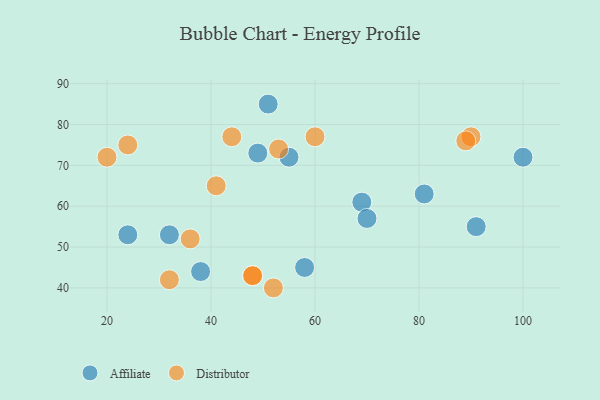
{"axis": {"x": "GDP", "y": "Life Expectancy"}, "legend": ["Affiliate", "Distributor"], "data": [{"x": "91", "y": 55, "type": "Affiliate"}, {"x": "58", "y": 45, "type": "Affiliate"}, {"x": "51", "y": 85, "type": "Affiliate"}, {"x": "69", "y": 61, "type": "Affiliate"}, {"x": "55", "y": 72, "type": "Affiliate"}, {"x": "100", "y": 72, "type": "Affiliate"}, {"x": "38", "y": 44, "type": "Affiliate"}, {"x": "24", "y": 53, "type": "Affiliate"}, {"x": "32", "y": 53, "type": "Affiliate"}, {"x": "81", "y": 63, "type": "Affiliate"}, {"x": "70", "y": 57, "type": "Affiliate"}, {"x": "49", "y": 73, "type": "Affiliate"}, {"x": "60", "y": 77, "type": "Distributor"}, {"x": "36", "y": 52, "type": "Distributor"}, {"x": "24", "y": 75, "type": "Distributor"}, {"x": "44", "y": 77, "type": "Distributor"}, {"x": "90", "y": 77, "type": "Distributor"}, {"x": "41", "y": 65, "type": "Distributor"}, {"x": "89", "y": 76, "type": "Distributor"}, {"x": "32", "y": 42, "type": "Distributor"}, {"x": "48", "y": 43, "type": "Distributor"}, {"x": "20", "y": 72, "type": "Distributor"}, {"x": "48", "y": 43, "type": "Distributor"}, {"x": "53", "y": 74, "type": "Distributor"}, {"x": "52", "y": 40, "type": "Distributor"}]}